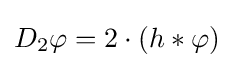
D_{2}\varphi =2\cdot (h*\varphi )